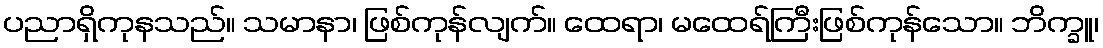
ပညာရှိကုနသည်။ သမာနာ၊ ဖြစ်ကုန်လျက်။ ထေရာ၊ မထေရ်ကြီးဖြစ်ကုန်သော။ ဘိက္ခူ၊